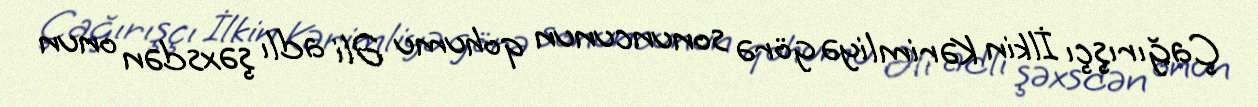
Çağırışçı İlkin Kərimliyə görə sonuncunun qohumu Əli adlı şəxsdən onun